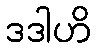
ဒဒါဟိ